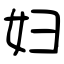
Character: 妇